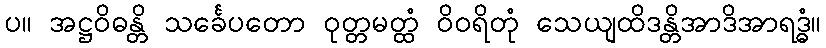
ပ။ အဋ္ဌဝိဓန္တိ သင်္ခေပတော ဝုတ္တမတ္ထံ ဝိဝရိတုံ သေယျထိဒန္တိအာဒိအာရဒ္ဓံ။